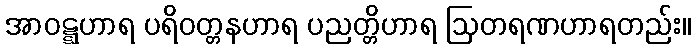
အာဝဋ္ဋဟာရ ပရိဝတ္တနဟာရ ပညတ္တိဟာရ ဩတရဏဟာရတည်း။